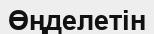
Өңделетін